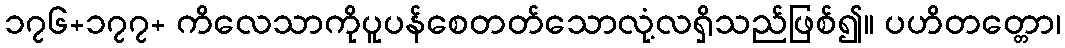
၁၇၆+၁၇၇+ ကိလေသာကိုပူပန်စေတတ်သောလုံ့လရှိသည်ဖြစ်၍။ ပဟိတတ္တော၊